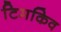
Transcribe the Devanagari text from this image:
टिमकिव